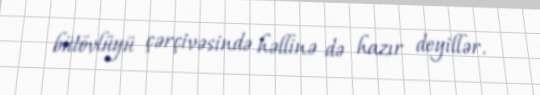
bütövlüyü çərçivəsində həllinə də hazır deyillər.